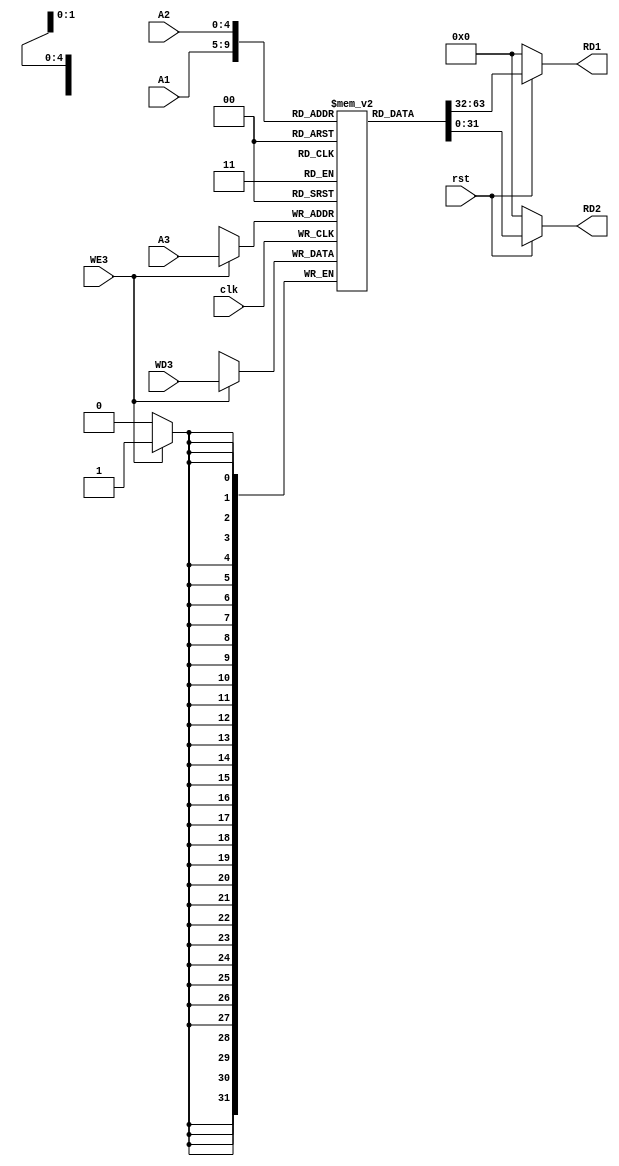
// Copyright 2023 MERL-DSU

//    Licensed under the Apache License, Version 2.0 (the "License");
//    you may not use this file except in compliance with the License.
//    You may obtain a copy of the License at

//        http://www.apache.org/licenses/LICENSE-2.0

//    Unless required by applicable law or agreed to in writing, software
//    distributed under the License is distributed on an "AS IS" BASIS,
//    WITHOUT WARRANTIES OR CONDITIONS OF ANY KIND, either express or implied.
//    See the License for the specific language governing permissions and
//    limitations under the License.

module Register_File(clk,rst,WE3,WD3,A1,A2,A3,RD1,RD2);

    input clk,rst,WE3;
    input [4:0]A1,A2,A3;
    input [31:0]WD3;
    output [31:0]RD1,RD2;

    reg [31:0] Register [31:0];

    always @ (posedge clk)
    begin
        if(WE3)
            Register[A3] <= WD3;
    end

    assign RD1 = (~rst) ? 32'd0 : Register[A1];
    assign RD2 = (~rst) ? 32'd0 : Register[A2];

    initial begin
        Register[5] = 32'h00000005;
        Register[6] = 32'h00000004;
        
    end

endmodule